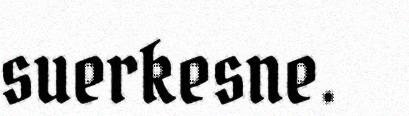
suerkesne.